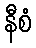
နီစံ